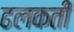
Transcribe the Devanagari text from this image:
ढलकती